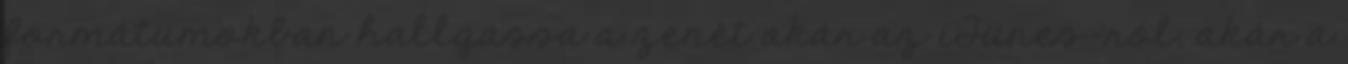
formátumokban hallgassa a zenét akár az iTunes-ról, akár a